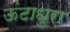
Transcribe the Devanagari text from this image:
ऊंटाधुरा